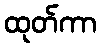
ထုတ်ကာ